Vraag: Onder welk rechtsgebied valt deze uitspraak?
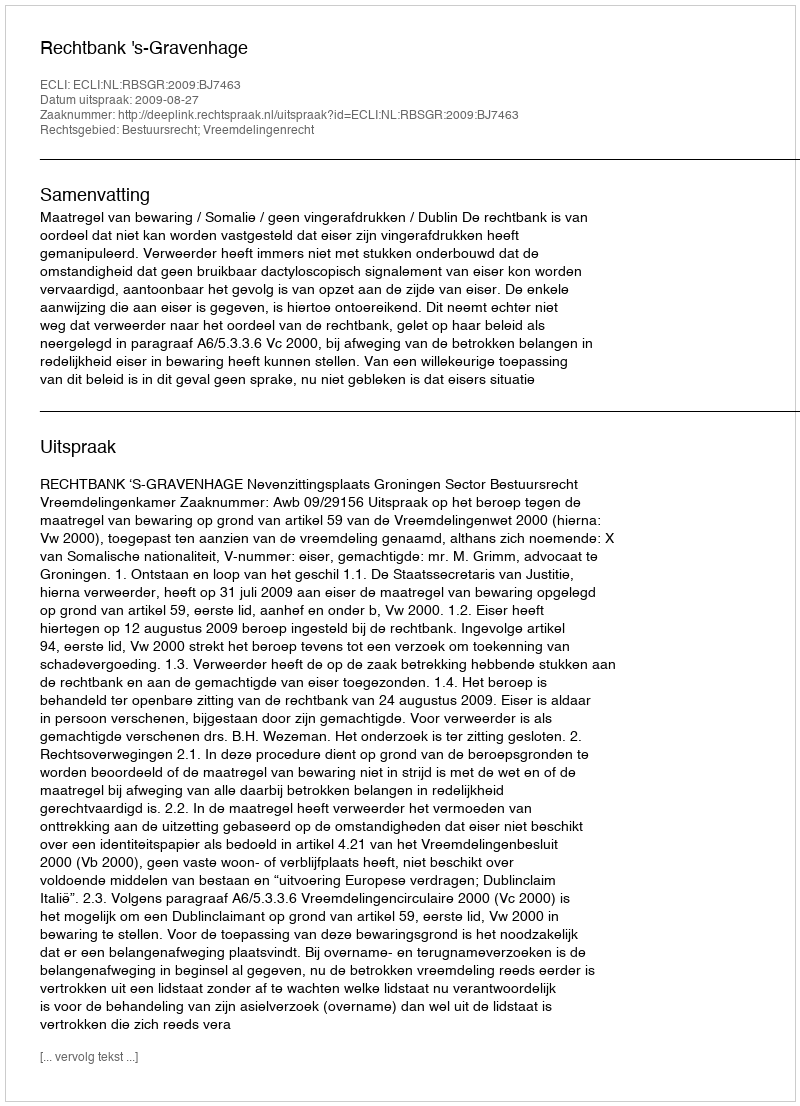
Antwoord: Bestuursrecht; Vreemdelingenrecht